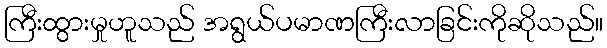
ကြီးထွားမှုဟူသည် အရွယ်ပမာဏကြီးလာခြင်းကိုဆိုသည်။